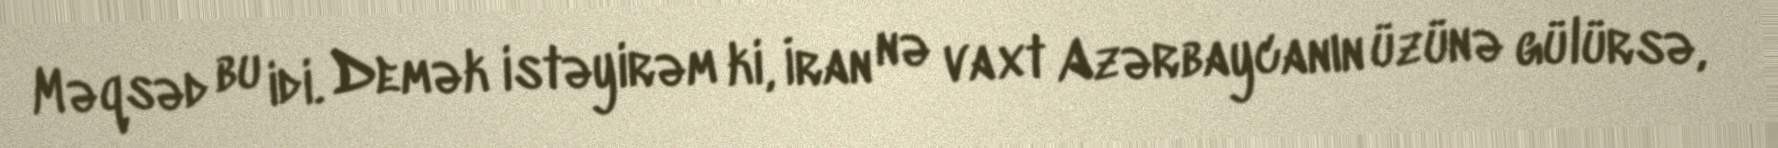
Məqsəd bu idi. Demək istəyirəm ki, İran nə vaxt Azərbaycanın üzünə gülürsə,